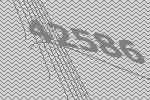
42586